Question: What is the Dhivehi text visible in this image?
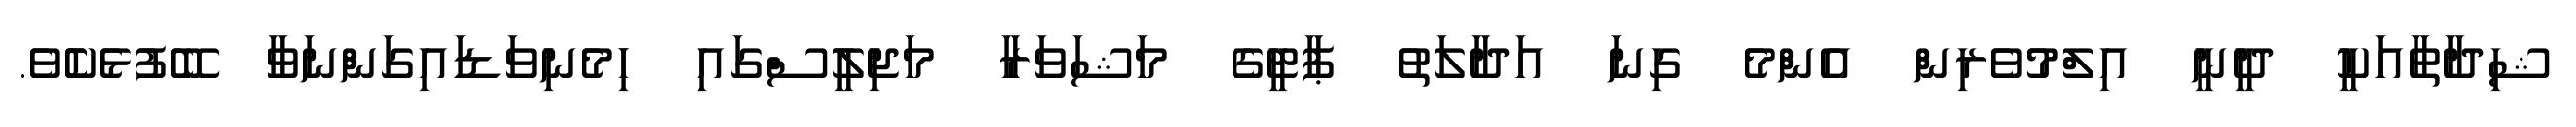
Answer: ޝިދާތާއަކީ ދީނީ އިލްމުވެރިން އެންމެ ގިނަ އަދާލަތު ޕާޓީގެ މަޝަވަރާ މަޖިލީސްގައި ހިމެނިވަޑައިގަންނަވާ ބޭފުޅެކެެވެ.